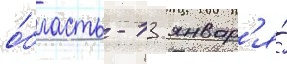
о́бласть - 13 январ'я́